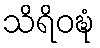
သိရိဝဍ္ဎံ